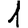
Digit: 1